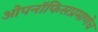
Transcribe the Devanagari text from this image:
ओपनॉफिसप्रमाणेच